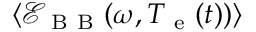
\langle \mathcal { E } _ { \mathrm { ~ B ~ B ~ } } ( \omega , T _ { \mathrm { ~ e ~ } } ( t ) ) \rangle